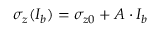
\sigma _ { z } ( I _ { b } ) = \sigma _ { z 0 } + A \cdot I _ { b }